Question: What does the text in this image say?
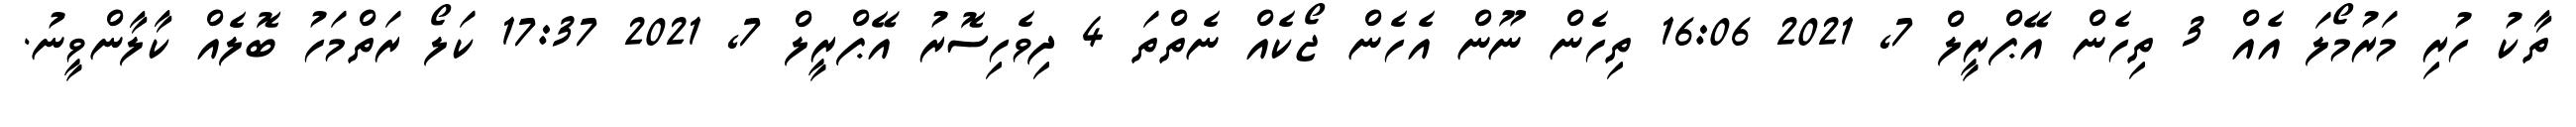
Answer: ތާކު ހުރި މަރުމޯލަ އެއް 3 ތިހެން އޭޕްރީލް 7, 2021 16:06 ތިހެން ނޫން އެހެން ޖޯކެއް ނެތްތަ 4 ދިވެހިސޮރު އޭޕްރީލް 7, 2021 17:37 ކަލޯ ރަތްމަހު ބޮލެއް ކާލާންވީނު.